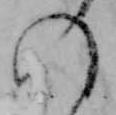
の